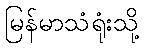
မြန်မာသံရုံးသို့